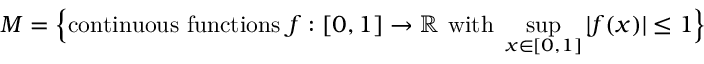
M = { \Big \{ } { \mathrm { c o n t i n u o u s ~ f u n c t i o n s ~ } } f : [ 0 , 1 ] \to \mathbb { R } { \mathrm { ~ w i t h ~ } } \operatorname* { s u p } _ { x \in [ 0 , 1 ] } | f ( x ) | \leq 1 { \Big \} }